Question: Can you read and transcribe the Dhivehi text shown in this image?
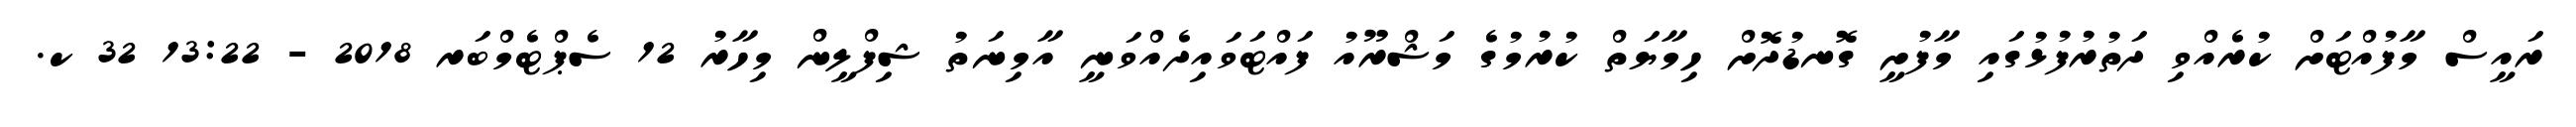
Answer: ރައީސް މާފުއްޓަށް ކުރެއްވި ދަތުރުފުޅުގައި މާފުށީ ގޮނޑުދޮށް ހިމާޔަތް ކުރުމުގެ މަޝްރޫއު ފައްޓަވައިދެއްވަނީ އާމިނަތު ޝިފްލީން މިހާރު 12 ސެޕްޓެމްބަރ 2018 - 13:22 32 ކ.